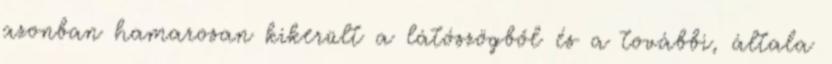
azonban hamarosan kikerült a látószögből és a további, általa